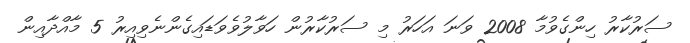
ސަރުކާރު ހިންގެވުމާ 2008 ވަނަ އަހަރު މި ސަރުކާރުން ހަވާލުވެވަޑައިގެންނެވިއިރު 5 މާއްދާއިން